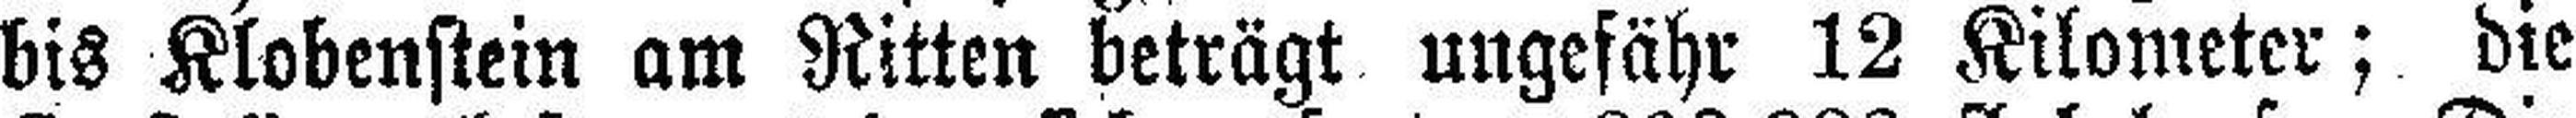
bis Klobenstein am Ritten beträgt ungefähr 12 Kilometer; die